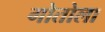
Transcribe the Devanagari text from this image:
गोतोला